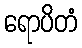
ရောပိတံ